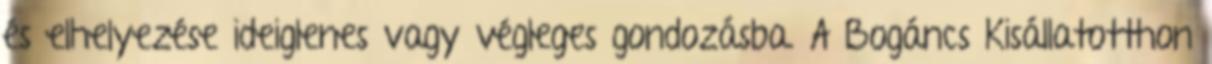
és elhelyezése ideiglenes vagy végleges gondozásba. A Bogáncs Kisállatotthon